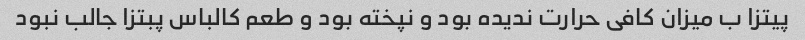
پیتزا ب میزان کافی حرارت ندیده بود و نپخته بود و طعم کالباس پبتزا جالب نبود